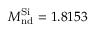
M _ { \mathrm { n d } } ^ { \mathrm { S i } } = 1 . 8 1 5 3 \, \